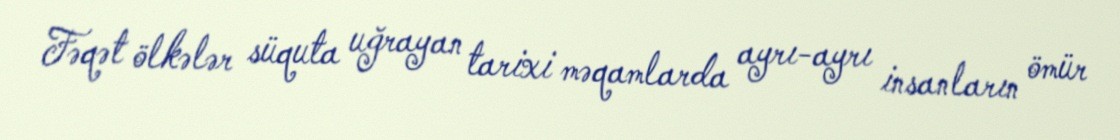
Fəqət ölkələr süquta uğrayan tarixi məqamlarda ayrı-ayrı insanların ömür